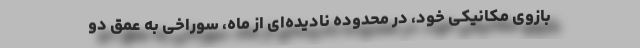
بازوی مکانیکی خود، در محدوده‌ٔ نادیده‌ای از ماه، سوراخی به عمق دو